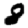
Digit: 8